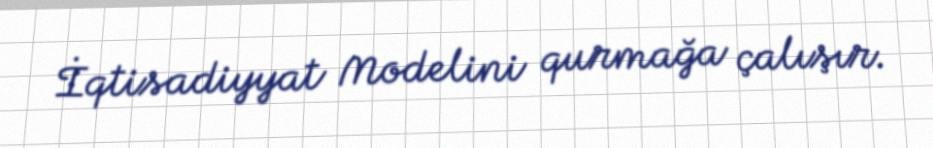
İqtisadiyyat Modelini qurmağa çalışır.